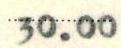
30.00